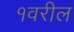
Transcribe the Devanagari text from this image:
१वरील